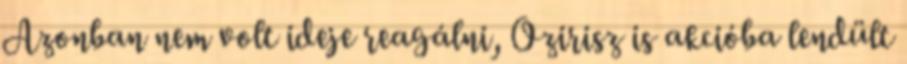
Azonban nem volt ideje reagálni, Ozirisz is akcióba lendült